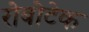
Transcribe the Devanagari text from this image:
रोबोटेक